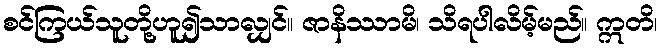
စင်ကြယ်သူတို့ဟူ၍သာလျှင်။ ဇာနိဿာမိ၊ သိရပါလိမ့်မည်။ ဣတိ၊